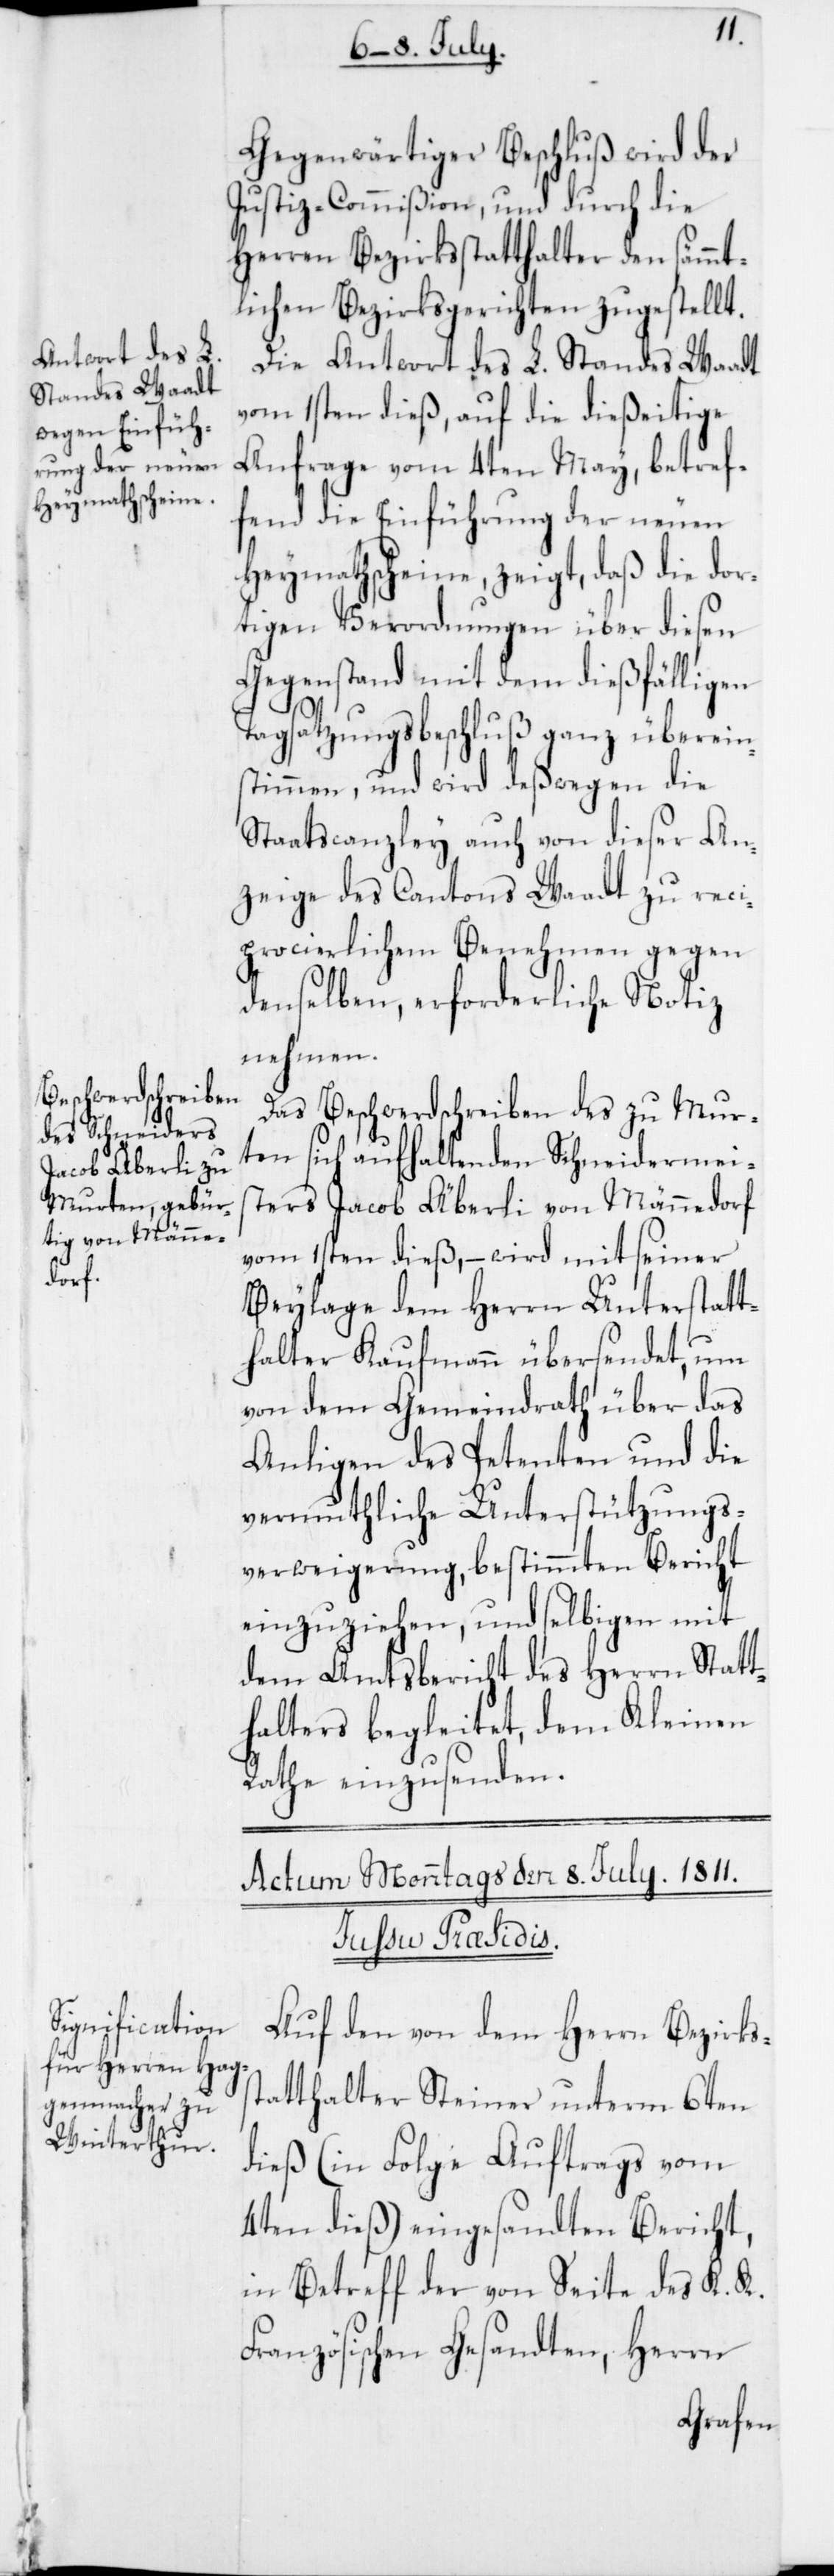
Gegenwärtiger Beschluß wird der
Justiz-Commißion, und durch die
Herren Bezirksstatthalter den sämmt¬
lichen Bezirksgerichten zugestellt.
Die Antwort des L. Standes Waadt
vom 1sten dieß, auf die dießeitige
Anfrage vom 4ten May, betref¬
fend die Einführung der neuen
Heymathscheine, zeigt, daß die dor¬
tigen Verordnungen über diesen
Gegenstand mit dem dießfälligen
s¬
Tagsatzungsbeschluß ganz überein¬
stimmen, und wird deßwegen die
Staatscanzley auch von dieser An¬
zeige des Cantons Waadt zu reci¬
procierlichem Benehmen gegen
denselben, erforderliche Notiz
nehmen.
Das Beschwerdschreiben des zu Mur¬
ten sich aufhaltenden Schneidermeis¬
ters Jacob Äberli von Männedorf
vom 1sten dieß, – wird mit seiner
Beylage dem Herrn Unterstatt¬
halter Kaufmann übersendet, um
von dem Gemeindrath über das
Anligen des Petenten und die
vermuthliche Unterstützungs¬
verweigerung, bestimmten Bericht
einzuziehen, und selbigen mit
dem Amtsbericht des Herrn Statt¬
halters begleitet, dem Kleinen
Rathe einzusenden.
Actum Monntags den 8. July. 1811.
Iussu Præsidis.
Auf den von dem Herrn Bezirks¬
tatthalter Steiner unterm 6ten
dieß (in Folge Auftrags vom
4ten dieß) eingesandten Bericht,
in Betreff der von Seite des k. k.
Französischen Gesandten, Herrn